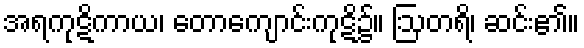
အရကုဋိကာယ၊ တောကျောင်းကုဋိ၌။ ဩတရိ၊ ဆင်း၏။